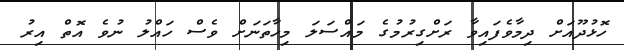
ހޮޅުދޫއަށް ދިމާވެފައިވާ ރަށްގިރުމުގެ މައްސަލަ މިހާތަނަށް ވެސް ހައްލު ނުވެ އޮތް އިރު